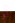
أو